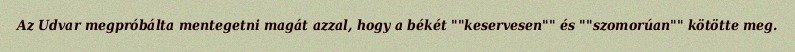
Az Udvar megpróbálta mentegetni magát azzal, hogy a békét ""keservesen"" és ""szomorúan"" kötötte meg.